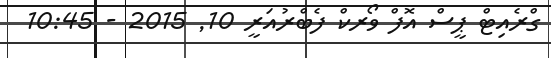
ގްރެއިޓް ޕީސް އޮފް ވޯރކް ފެބްރުއަރީ 10